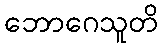
ဘောဂေသူတိ